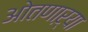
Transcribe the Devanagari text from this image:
ओतणाऱ्या